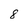
Character: 8